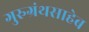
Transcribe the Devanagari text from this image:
गुरुग्रंथसाहेब